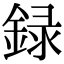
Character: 録